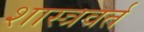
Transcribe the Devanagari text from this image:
शास्त्रवर्त